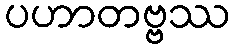
ပဟာတဗ္ဗဿ